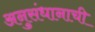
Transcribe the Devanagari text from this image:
अनुसंधानाची